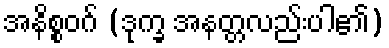
အနိစ္စဝဂ် (ဒုက္ခ အနတ္တလည်းပါ၏)